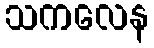
သကလေန